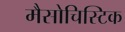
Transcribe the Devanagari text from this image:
मैसोचिस्टिक